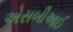
એસબીઆઈ